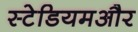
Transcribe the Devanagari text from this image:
स्टेडियमऔर